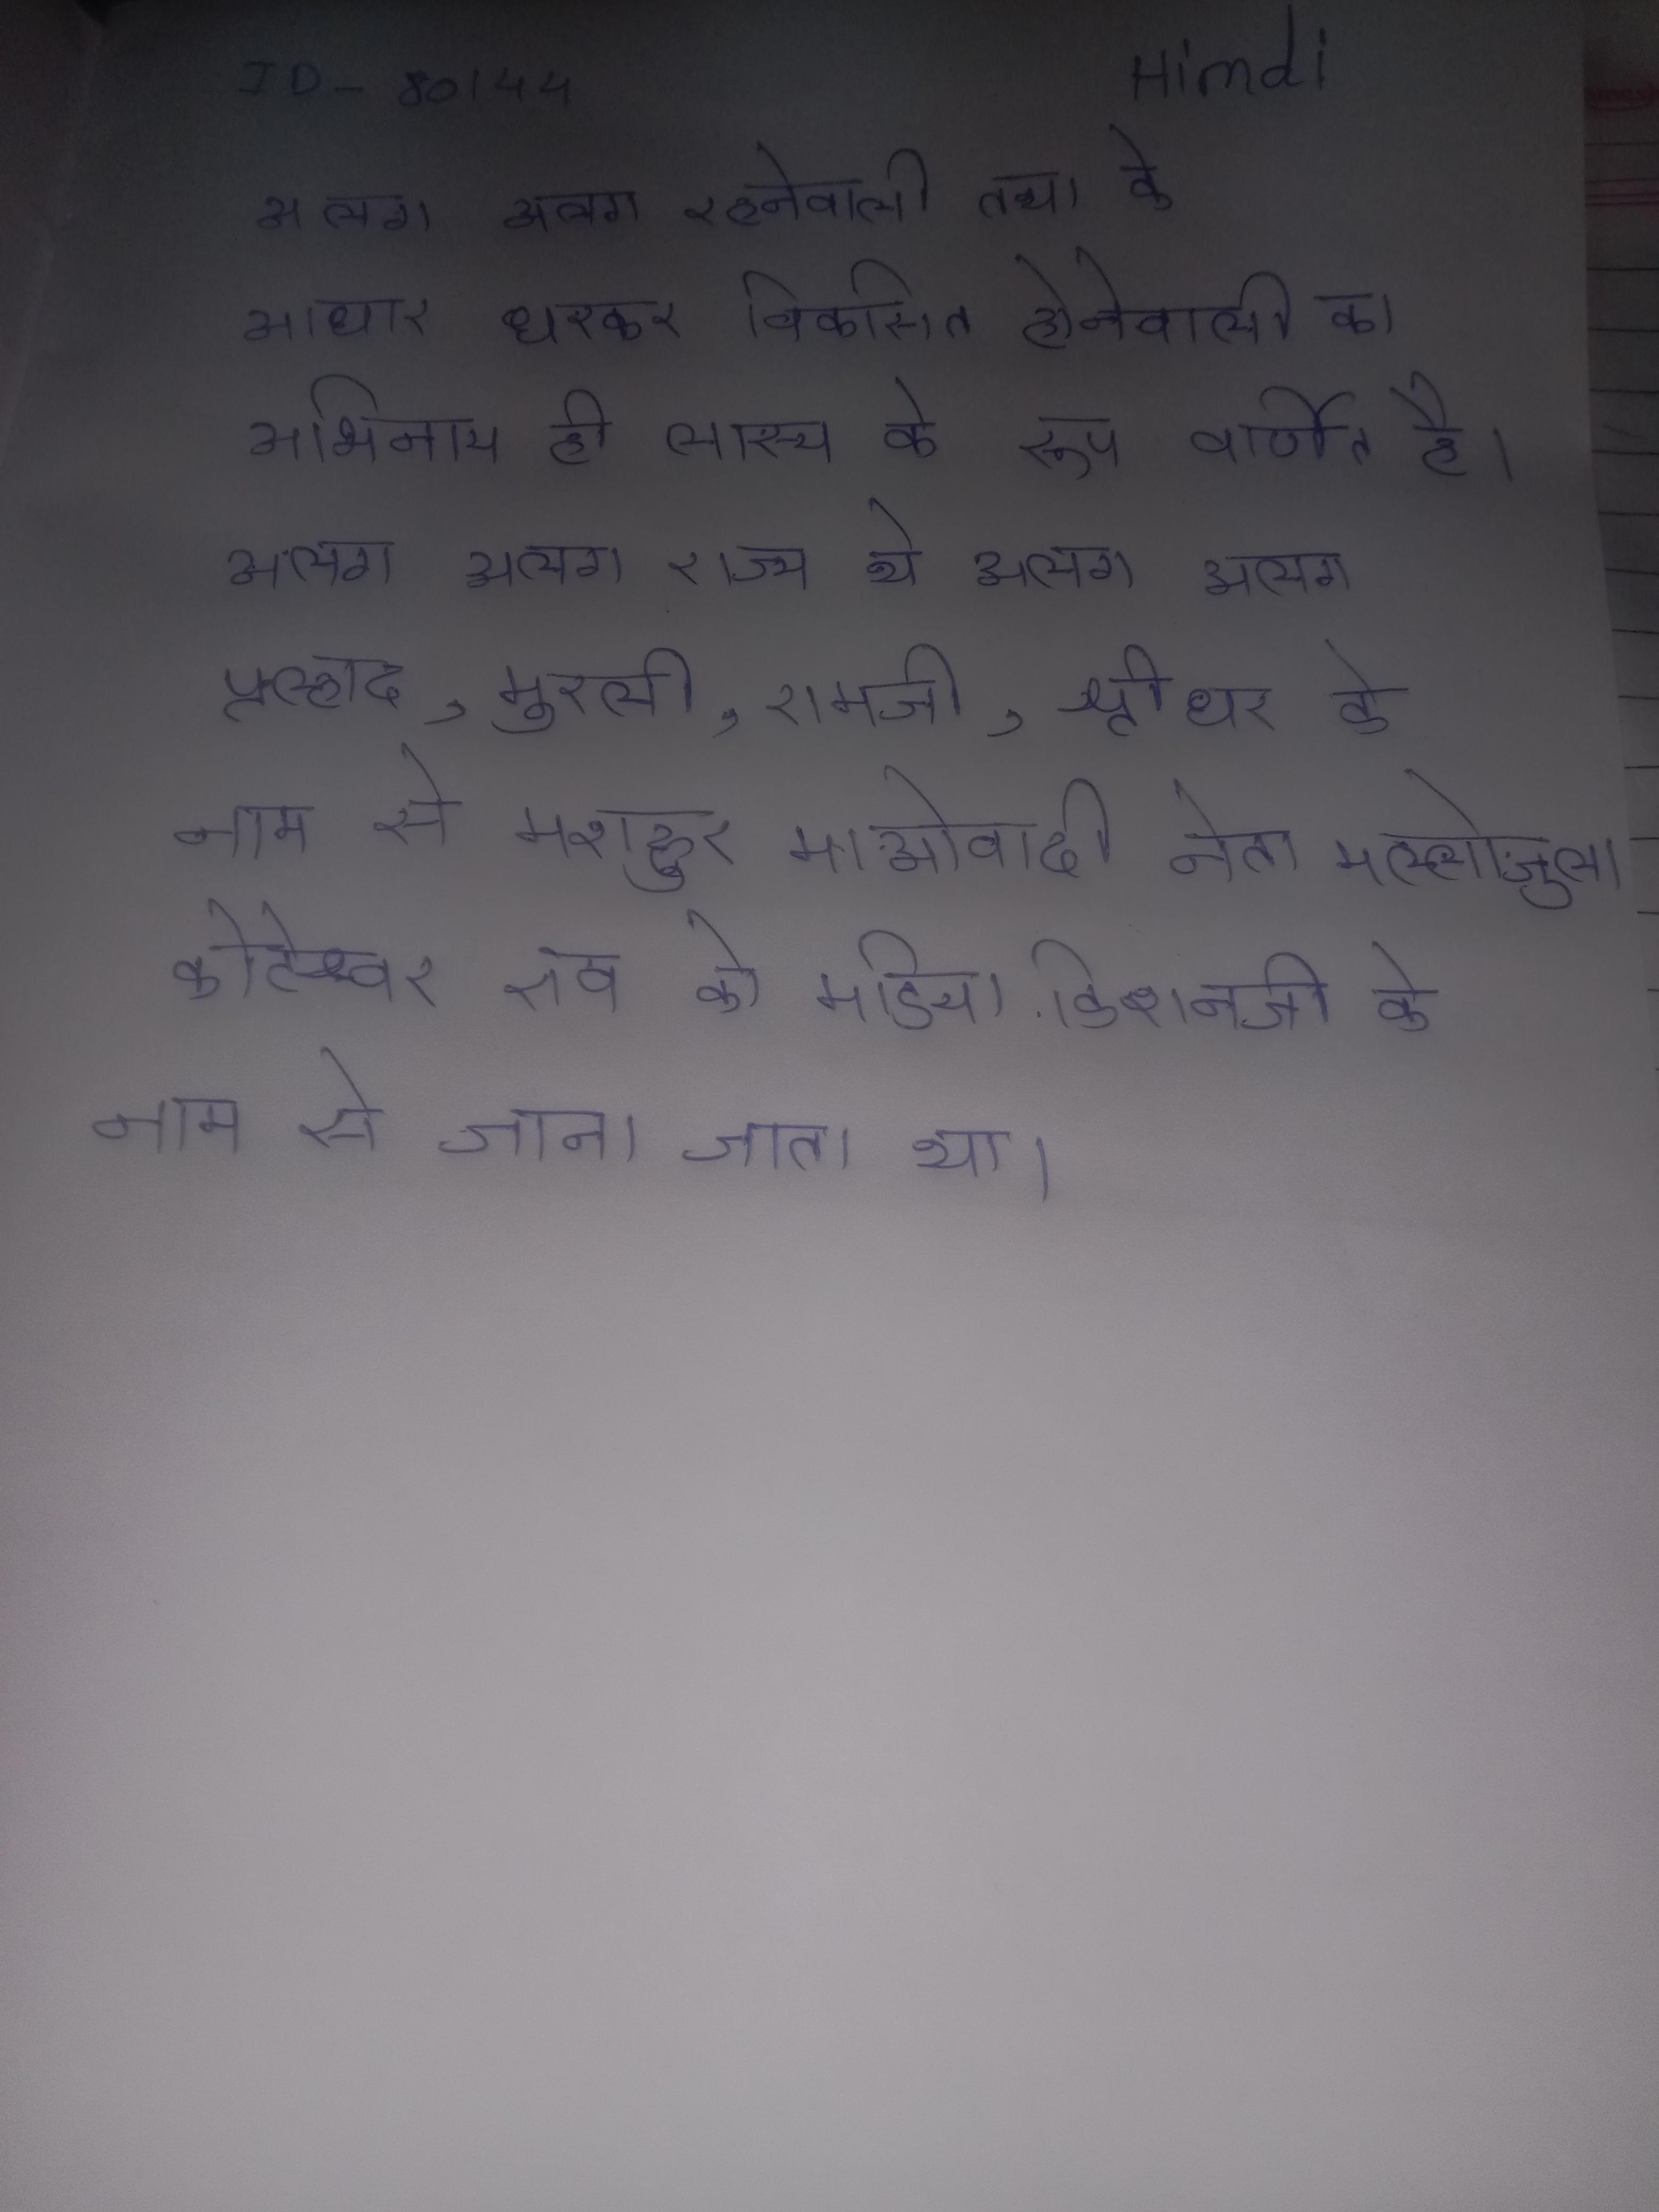
अलग अलग रहनेवाली तथा के आधार धरकर विकसित होनेवाली का अभिनय ही लास्य के रूप वर्णित है । अलग-अलग राज्य थे । अलग-अलग प्रह्लाद, मुरली, रामजी, श्रीधर के नाम से मशहूर माओवादी नेता मल्लोजुला कोटेश्वर राव को मीडिया किशनजी के नाम से जाना जाता था ।